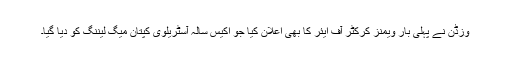
وزڈن نے پہلی بار ویمنز کرکٹر آف ایئر کا بھی اعلان کیا جو اکیس سالہ آسٹریلوی کپتان میگ لیننگ کو دیا گیا۔